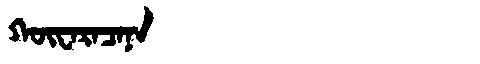
Manchu: ᡴᡡᠸᠠᡵᠠᠴᠠᠨᠠ
Romanization: KŪWARACANA